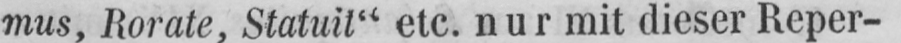
mus, Rorate, Statuit“ etc. nur mit dieser Reper-